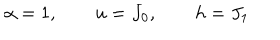
\alpha = 1 , \qquad u = J _ { 0 } , \qquad h = J _ { 1 }